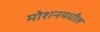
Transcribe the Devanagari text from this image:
मोशनमधील